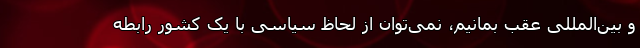
و بین‌المللی عقب بمانیم، نمی‌توان از لحاظ سیاسی با یک کشور رابطه